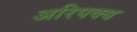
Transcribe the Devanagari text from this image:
अरिपक्व